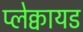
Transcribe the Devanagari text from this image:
प्लेक्वायड